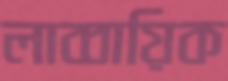
লাব্বায়িক